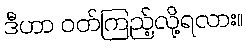
ဒီဟာ ဝတ်ကြည့်လို့ရလား။